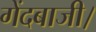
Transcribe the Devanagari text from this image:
गेंदबाजी।